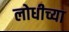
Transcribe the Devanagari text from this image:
लोधीच्या